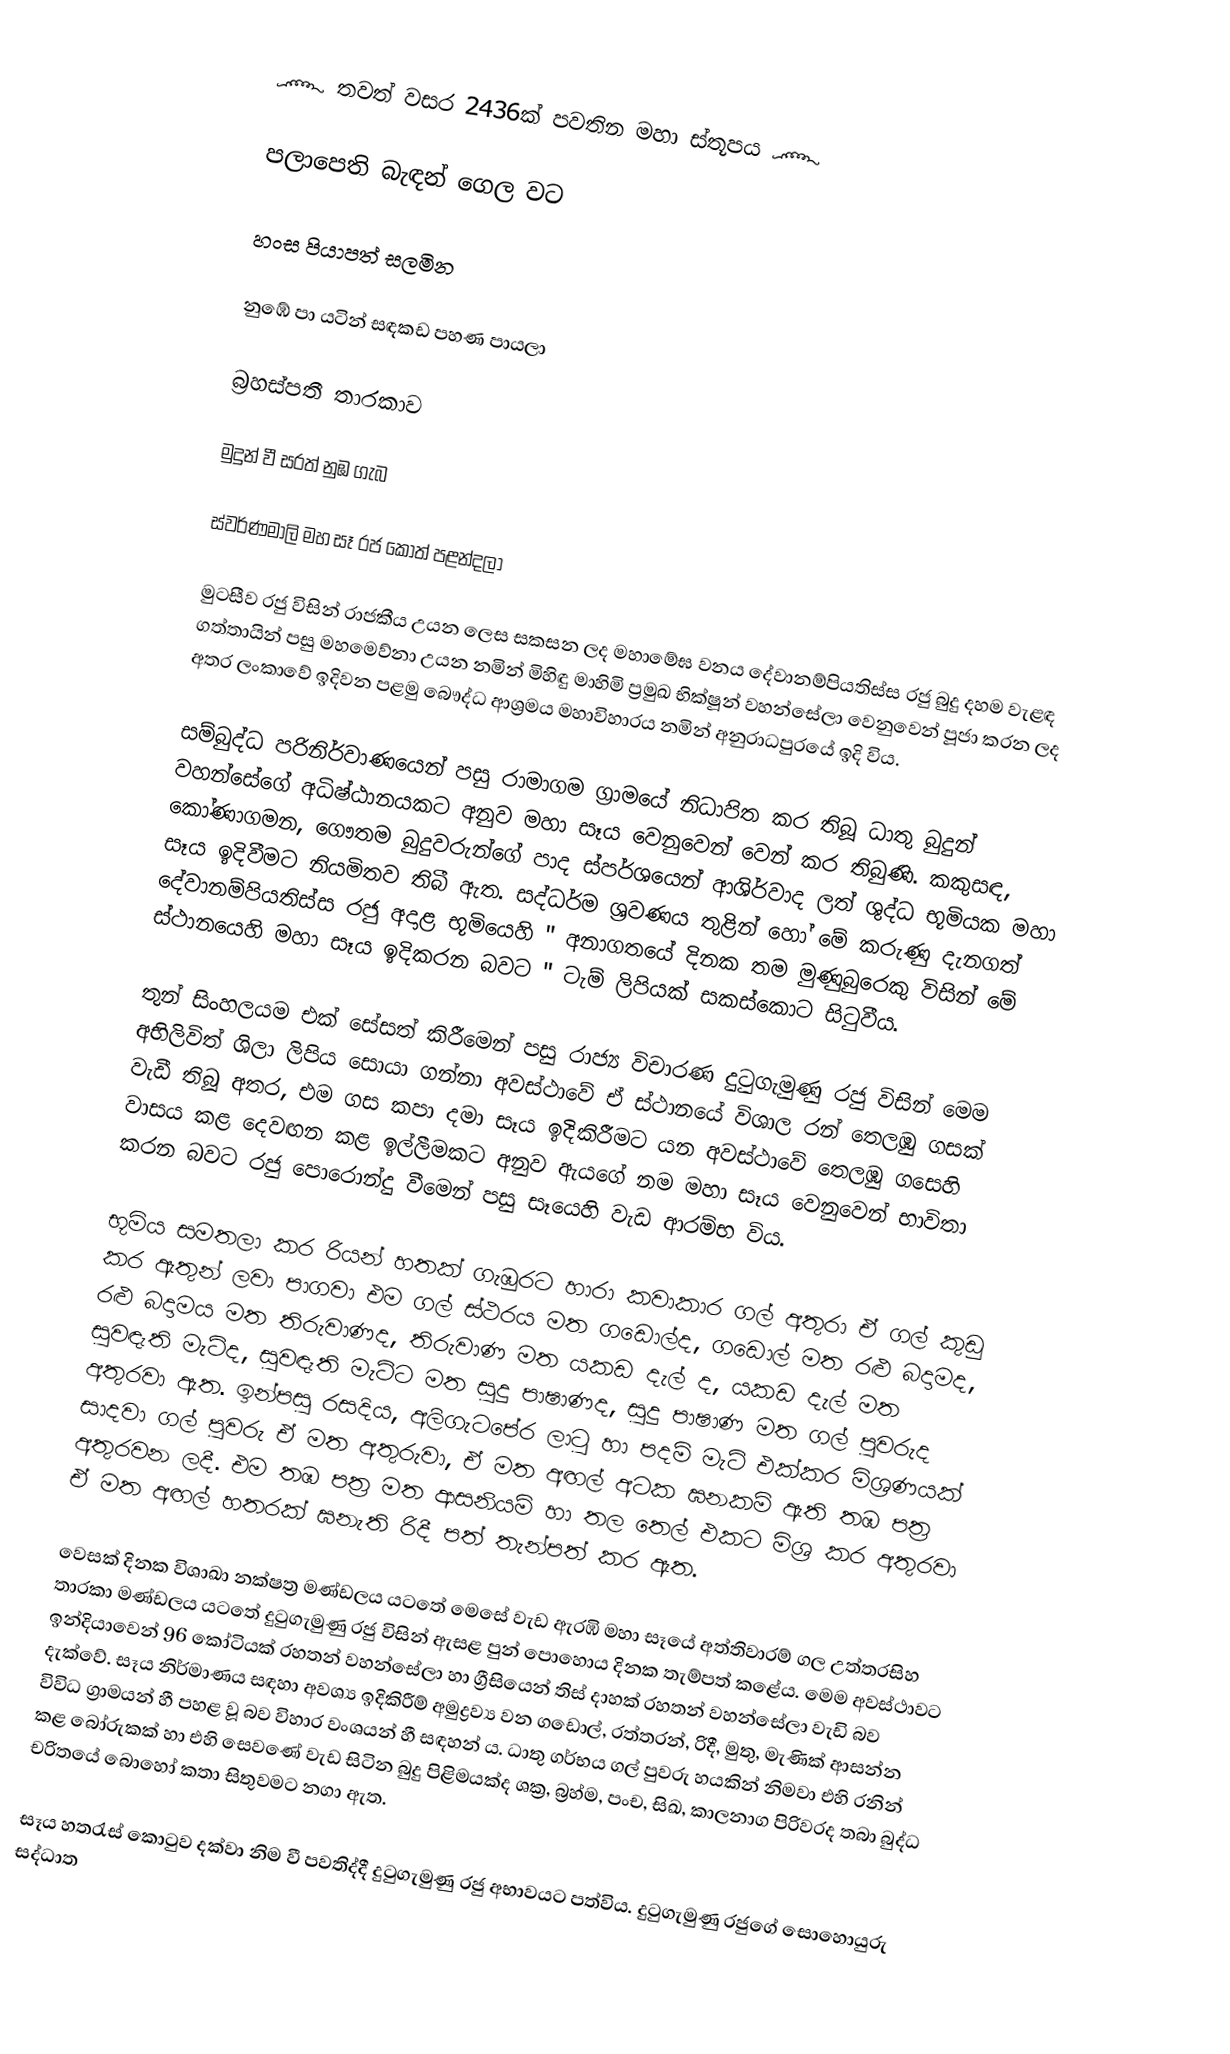
෴ තවත් වසර 2436ක් පවතින මහා ස්තූපය ෴

පලාපෙති බැඳන් ගෙල වට

   හංස පියාපත් සලමින

නුඹේ පා යටින් සඳකඩ පහණ පායලා

      බ්‍රහස්පතී තාරකාව

   මුදුන් වී සරත් නුඹ ගැබ

ස්වර්ණමාලි මහ සෑ රජ කොත් පළන්දලා

   මුටසීව රජු විසින් රාජකීය උයන ලෙස සකසන ලද මහාමේඝ වනය දේවානම්පියතිස්ස රජු බුදු දහම වැළඳ ගත්තායින් පසු මහමෙව්නා උයන නමින් මිහිඳු මාහිමි ප්‍රමුඛ භික්ෂූන් වහන්සේලා වෙනුවෙන් පූජා කරන ලද අතර ලංකාවේ ඉදිවන පළමු බෞද්ධ ආශ්‍රමය මහාවිහාරය නමින් අනුරාධපුරයේ ඉදි විය.

සම්බුද්ධ පරිනිර්වාණයෙන් පසු රාමාගම ග්‍රාමයේ නිධාපිත කර තිබූ ධාතු බුදුන් වහන්සේගේ අධිෂ්ඨානයකට අනුව මහා සෑය වෙනුවෙන් වෙන් කර තිබුණි. කකුසඳ, කෝණාගමන, ගෞතම බුදුවරුන්ගේ පාද ස්පර්ශයෙන් ආශිර්වාද ලත් ශුද්ධ භූමියක මහා සෑය ඉදිවීමට නියමිතව තිබී ඇත. සද්ධර්ම ශ්‍රවණය තුළින් හෝ මේ කරුණු දැනගත් දේවානම්පියතිස්ස රජු අදාළ භූමියෙහි " අනාගතයේ දිනක තම මුණුබුරෙකු විසින් මේ ස්ථානයෙහි මහා සෑය ඉදිකරන බවට " ටැම් ලිපියක් සකස්කොට සිටුවීය.

තුන් සිංහලයම එක් සේසත් කිරීමෙන් පසු රාජ්‍ය විචාරණ දුටුගැමුණු රජු විසින් මෙම අභිලිවිත් ශිලා ලිපිය සොයා ගන්නා අවස්ථාවේ ඒ ස්ථානයේ විශාල රන් තෙලඹු ගසක් වැඩී තිබූ අතර, එම ගස කපා දමා සෑය ඉදිකිරීමට යන අවස්ථාවේ තෙලඹු ගසෙහි වාසය කළ දෙවඟන කළ ඉල්ලීමකට අනුව ඇයගේ නම මහා සෑය වෙනුවෙන් භාවිතා කරන බවට රජු පොරොන්දු වීමෙන් පසු සෑයෙහි වැඩ ආරම්භ විය.

භූමිය සමතලා කර රියන් හතක් ගැඹුරට හාරා කවාකාර ගල් අතුරා ඒ ගල් කුඩු කර ඇතුන් ලවා පාගවා එම ගල් ස්ථරය මත ගඩොල්ද, ගඩොල් මත රළු බදාමද, රළු බදාමය මත තිරුවාණද, තිරුවාණ මත යකඩ දැල් ද, යකඩ දැල් මත සුවඳැති මැටිද, සුවඳැති මැට්ට මත සුදු පාෂාණද, සුදු පාෂාණ මත ගල් පුවරුද අතුරවා ඇත. ඉන්පසු රසදිය, අලිගැටපේර ලාටු හා පදම් මැටි එක්කර මිශ්‍රණයක් සාදවා ගල් පුවරු ඒ මත අතුරුවා, ඒ මත අඟල් අටක ඝනකම් ඇති තඹ පත්‍ර අතුරවන ලදී. එම තඹ පත්‍ර මත ආසනියම් හා තල තෙල් එකට මිශ්‍ර කර අතුරවා ඒ මත අඟල් හතරක් ඝනැති රිදී පත් තැන්පත් කර ඇත.

වෙසක් දිනක විශාඛා නක්ෂත්‍ර මණ්ඩලය යටතේ මෙසේ වැඩ ඇරඹි මහා සෑයේ අත්තිවාරම් ගල උත්තරසිහ තාරකා මණ්ඩලය යටතේ දුටුගැමුණු රජු විසින් ඇසළ පුන් පොහොය දිනක තැම්පත් කළේය. මෙම අවස්ථාවට ඉන්දියාවෙන් 96 කෝටියක් රහතන් වහන්සේලා හා ග්‍රීසියෙන් තිස් දාහක් රහතන් වහන්සේලා වැඩි බව දැක්වේ. සෑය නිර්මාණය සඳහා අවශ්‍ය ඉදිකිරීම් අමුද්‍රව්‍ය වන ගඩොල්, රත්තරන්, රිදී, මුතු, මැණික් ආසන්න විවිධ ග්‍රාමයන් හී පහළ වූ බව විහාර වංශයන් හී සඳහන් ය. ධාතු ගර්භය ගල් පුවරු හයකින් නිමවා එහි රනින් කළ බෝරුකක් හා එහි සෙවණේ වැඩ සිටින බුදු පිළිමයක්ද ශක්‍ර, බ්‍රහ්ම, පංච, සිඛ, කාලනාග පිරිවරද තබා බුද්ධ චරිතයේ බොහෝ කතා සිතුවමට නගා ඇත.

සෑය හතරැස් කොටුව දක්වා නිම වී පවතිද්දී දුටුගැමුණු රජු අභාවයට පත්විය. දුටුගැමුණු රජුගේ සොහොයුරු සද්ධාත